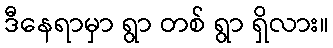
ဒီနေရာမှာ ရွာ တစ် ရွာ ရှိလား။